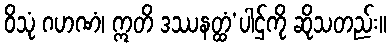
ဝိသုံ ဂဟဏံ၊ ဣတိ ဒဿနတ္ထံ’ပါဌ်ကို ဆိုသတည်း။